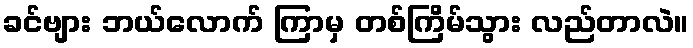
ခင်ဗျား ဘယ်လောက် ကြာမှ တစ်ကြိမ်သွား လည်တာလဲ။